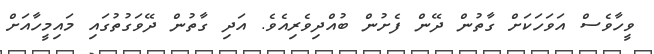
ވީހާވެސް އަވަހަކަށް ގާތުން ދޭން ފެށުން ބުއްދިވެރިއެވެ. އަދި ގާތުން ދޭވަގުތުގައި މައިމީހާއަށް